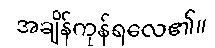
အချိန်ကုန်ရလေ၏။